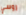
روسي